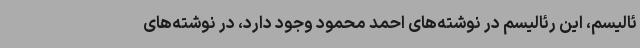
ئالیسم، این رئالیسم در نوشته‌های احمد محمود وجود دارد، در نوشته‌های